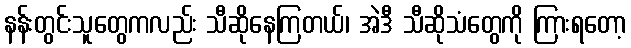
နန်းတွင်းသူတွေကလည်း သီဆိုနေကြတယ်၊ အဲဒီ သီဆိုသံတွေကို ကြားရတော့